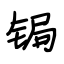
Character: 锔